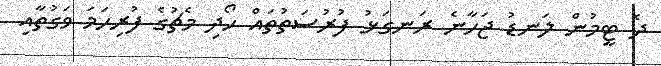
ދެ ޓީމުން ލަނޑު ޖަހާނެ ރަނގަޅު ފުރުސަތުތައް ހޯދި މެޗުގެ ފުރިހަމަ ވަގުތާއި